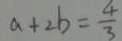
a + 2 b = \frac { 4 } { 3 }